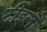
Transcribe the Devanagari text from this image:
टीइलों